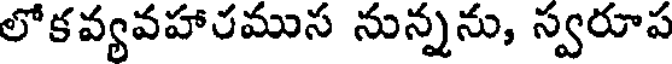
లోకవ్యవహారముస నున్నను, స్వరూప